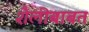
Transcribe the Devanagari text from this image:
शैलीबाबत